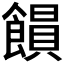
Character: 𩞗